Civil Veterinary Department Bihar & Orissa reports 1911-21 - 1911-1921
Year: 1911
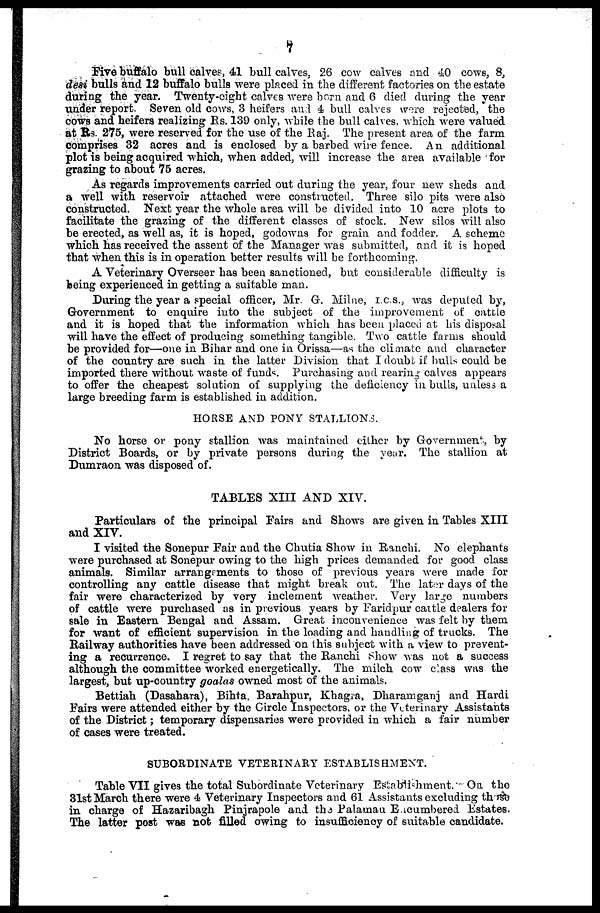
7
Five buffalo bull calves, 41 bull calves, 26 cow calves and 40 cows, 8,
desi bulls and 12 buffalo bulls were placed in the different factories on the estate
during the year. Twenty-eight calves were born and 6 died during the year
under report. Seven old cows, 3 heifers and 4 bull calves wore rejected, the
cows and heifers realizing Rs. 139 only, while the bull calves, which were valued
at Rs. 275, were reserved for the use of the Raj. The present area of the farm
comprises 32 acres and is enclosed by a barbed wire fence. An additional
plot is being acquired which, when added, will increase the area available for
grazing to about 75 acres.
As regards improvements carried out during the year, four new sheds and
a well with reservoir attached were constructed. Three silo pits were also
constructed. Next year the whole area will be divided into 10 acre plots to
facilitate the grazing of the different classes of stock. New silos will also
be erected, as well as, it is hoped, godowns for grain and fodder. A scheme
which has received the assent of the Manager was submitted, and it is hoped
that when this is in operation better results will be forthcoming.
A Veterinary Overseer has been sanctioned, but considerable difficulty is
being experienced in getting a suitable man.
During the year a special officer, Mr. G. Milne, I.C.S., was deputed by,
Government to enquire into the subject of the improvement of cattle
and it is hoped that the information which has been placed at his disposal
will have the effect of producing something tangible. Two cattle farms should
be provided for—one in Bihar and one in Orissa—as the climate and character
of the country are such in the latter Division that I doubt if bulls could be
imported there without waste of funds. Purchasing and rearing calves appears
to offer the cheapest solution of supplying the deficiency in bulls, unless a
large breeding farm is established in addition.
HORSE AND PONY STALLTONS
No horse or pony stallion was maintained either by Government by
District Boards, or by private persons during the year. The stallion at
Dumraon was disposed of.
TABLES XIII AND XIV.
Particulars of the principal Fairs and Shows are given in Tables XIII
and XIV.
I visited the Sonepur Fair and the Chutia Show in Ranchi. No elephants
were purchased at Sonepur owing to the high prices demanded for good class
animals. Similar arrangements to those of previous years were made for
controlling any cattle disease that might break out. The later days of the
fair were characterized by very inclement weather. Very large numbers
of cattle were purchased as in previous years by Faridpur cattle dealers for
sale in Eastern Bengal and Assam. Great inconvenience was felt by them
for want of efficient supervision in the loading and handling of trucks. The
Railway authorities have been addressed on this subject with a view to prevent-
ing a recurrence. I regret to say that the Ranchi Show was not a success
although the committee worked energetically. The milch cow class was the
largest, but up-country goalas owned most of the animals.
Bettiah (Dasahara), Bihta, Barahpur, Khagra, Dharamganj and Hardi
Fairs were attended either by the Circle Inspectors, or the Veterinary Assistants
of the District; temporary dispensaries were provided in which a fair number
of cases were treated.
SUBORDINATE VETERINARY ESTABLISHMENT.
Table VII gives the total Subordinate Veterinary Establishment. On the
31st March there were 4 Veterinary Inspectors and 61 Assistants excluding these
in charge of Hazaribagh Pinjrapole and the Palamau Encumbered Estates.
The latter post was not filled owing to insufficiency of suitable candidate.